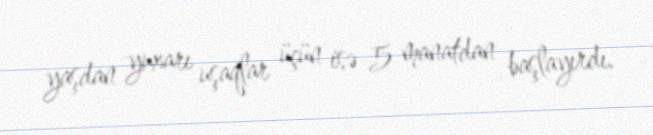
yaşdan yuxarı uşaqlar üçün isə 5 manatdan başlayırdı.